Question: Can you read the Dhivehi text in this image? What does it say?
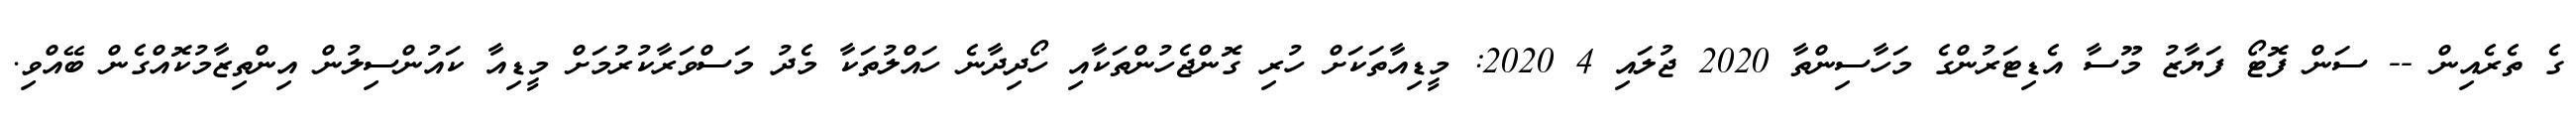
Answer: ގެ ތެރެއިން -- ސަން ފޮޓޯ ފަޔާޒު މޫސާ އެޑިޓަރުންގެ މަހާސިންތާ 2020 ޖުލައި 4 2020: މީޑިއާތަކަށް ހުރި ގޮންޖެހުންތަކާއި ހޯދިދާނެ ހައްލުތަކާ މެދު މަސްވަރާކުރުމަށް މީޑިއާ ކައުންސިލުން އިންތިޒާމުކޮއްގެން ބޭއްވި.